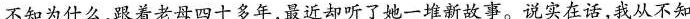
不知为什么，跟着老母四十多年，最近却听了她一堆新故事。说实在话，我从不知